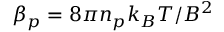
\beta _ { p } = 8 \pi n _ { p } k _ { B } T / B ^ { 2 }